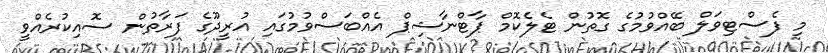
މި ފެސްޓިވަލް ބޭއްވުމުގެ ގޮތުން ޓެލެކޮމް ޕާޓްނާޝިޕް އެއްބަސްވުމުގައި އުރީދޫގެ ފަރާތުން ސޮއިކުރެއްވީ